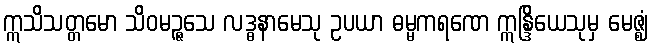
ဣသိသတ္တမော သိဝမဉ္ဇသေ လဒ္ဓနာမေသု ဥပယာ ဓမ္မကရဏေ ဣန္ဒြိယေသုမှ မေဇ္ဈံ